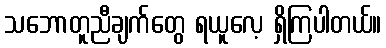
သဘောတူညီချက်တွေ ရယူလေ့ ရှိကြပါတယ်။